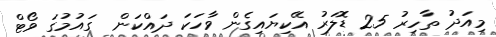
މިއަދު ތާހިރު 25 ޑޮލަރު އޭކިޔައިގެން ވާހަކަ ދައްކަން  ގައުމުގަ ވޯޓް